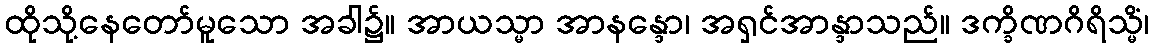
ထိုသို့နေတော်မူသော အခါ၌။ အာယသ္မာ အာနန္ဒော၊ အရှင်အာန္ဒာသည်။ ဒက္ခိဏဂိရိသ္မိံ၊